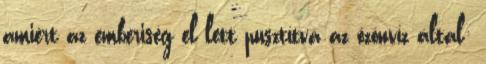
amiért az emberiség el lett pusztítva az özönvíz által: